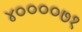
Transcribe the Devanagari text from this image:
४००००७१